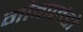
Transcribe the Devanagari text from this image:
गोवालंडो